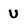
Character: v